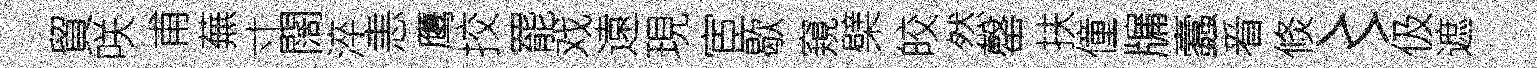
貿咲甫蕪寸闊淬恚鹰挍罷戏遠現宦歇窺檗皎然罄扶僮牖蠧㸔倐〻伋遮